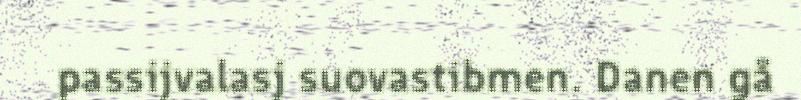
passijvalasj suovastibmen. Danen gå